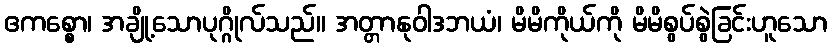
ဧကစ္စော၊ အချို့သောပုဂ္ဂိုလ်သည်။ အတ္တာနုဝါဒဘယံ၊ မိမိကိုယ်ကို မိမိစွပ်စွဲခြင်းဟူသော